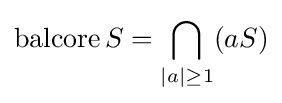
\operatorname {balcore} S=\bigcap _{|a|\geq 1}(aS)